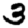
Digit: 3